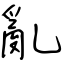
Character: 亂